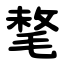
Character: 㲠